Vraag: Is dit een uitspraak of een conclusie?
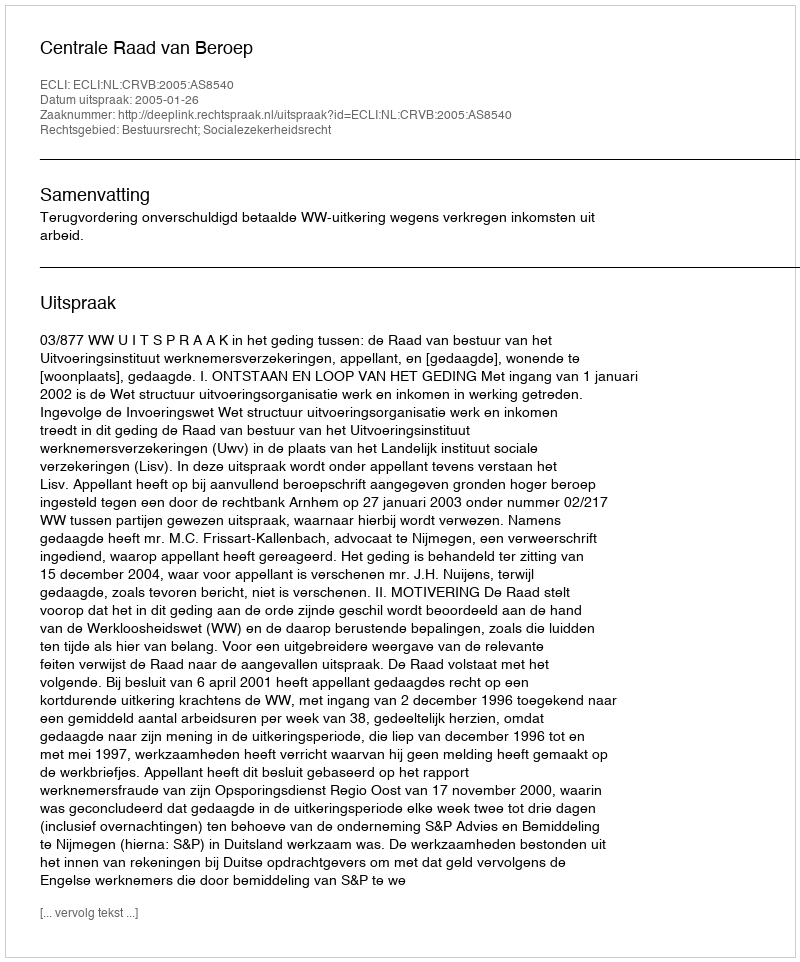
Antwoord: Uitspraak